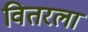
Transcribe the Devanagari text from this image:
वितरला